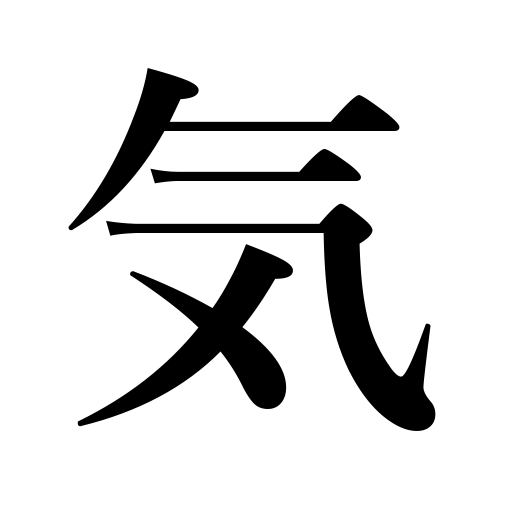
Meanings: touch,taste,essence,dash,mood,interest,odor,nature,spark,air,symptoms,intention,temper,bent,care,indications,atmosphere,flash,flavor,trace,disposition,soul,mind,spirit,feeling,attention,energy,heart,suspicion,shade